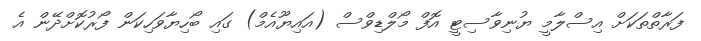
ފަރާތްތަކަށް އިސްލާމީ ޔުނިވާސިޓީ އޮފް މޯލްޑިވްސް (އައިޔޫއެމް) ގައި ބޯހިޔާވަހިކަން ފޯރުކޮށްދޭން އެ